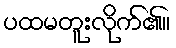
ပထမတူးလိုက်၏။